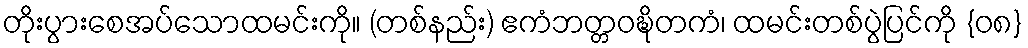
တိုးပွားစေအပ်သောထမင်းကို။ (တစ်နည်း) ဧကံဘတ္တဝဍ္ဎိတကံ၊ ထမင်းတစ်ပွဲပြင်ကို {၀၈}